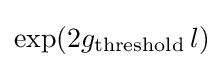
\exp(2g_{\text{threshold}}\,l)